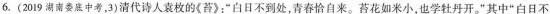
6.(2019湖南娄底中考，3)清代诗人袁枚的《苔》；“白日不到处，青春恰自来。苔花如米小，也学牡丹开。”其中“白日不